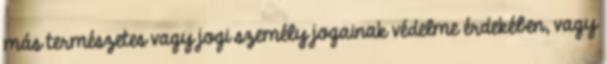
más természetes vagy jogi személy jogainak védelme érdekében, vagy